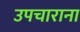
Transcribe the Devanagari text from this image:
उपचाराना